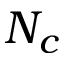
N _ { c }